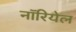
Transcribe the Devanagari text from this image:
नॉरियेल